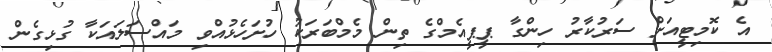
އެ ކޮމިޓީއަށް ސަރުކާރު ހިންގާ ޕީޕީއެމްގެ ތިން މެމްބަރަކު ހުށަހެޅުއްވި މައްސަލައަކާ ގުޅިގެން